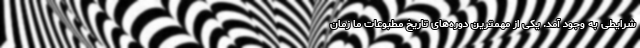
شرایطی به وجود آمد. یکی از مهمترین دوره‌های تاریخ مطبوعات ما زمان